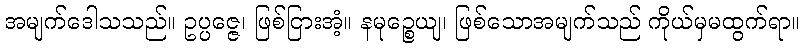
အမျက်ဒေါသသည်။ ဥပ္ပဇ္ဇေ၊ ဖြစ်ငြားအံ့။ နမုဉ္စေယျ၊ ဖြစ်သောအမျက်သည် ကိုယ်မှမထွက်ရာ။